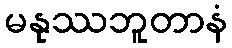
မနုဿဘူတာနံ